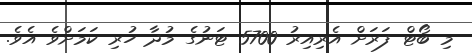
މި ބޯޓް ފަރަށް އެރިއިރު 5700 ޓަނުގެ މުދާ ހުރި ކަމަށްވެ އެވެ.